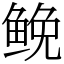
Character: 𩾃